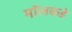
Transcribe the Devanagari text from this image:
मॉलकडे